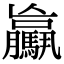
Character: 𩦻